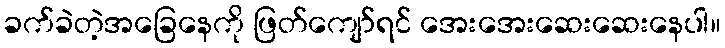
ခက်ခဲတဲ့အခြေနေကို ဖြတ်ကျော်ရင် အေးအေးဆေးဆေးနေပါ။